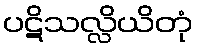
ပဋိသလ္လိယိတုံ